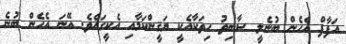
އަފާފް އެހެން ބުނެލީ ސާބިތު ހިތަކާއެކީ ޔަޤީންކަމާއި އެކީގައެވެ. އޭނަ އެހެން ބުނެ